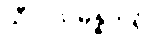
သီလသမ္ပန္နတရံ